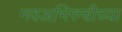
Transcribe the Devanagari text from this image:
नवअभिरुचीच्या